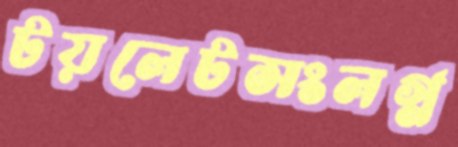
টয়লেটসংলগ্ন